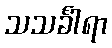
သသင်္ခါရာ